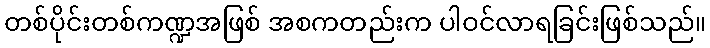
တစ်ပိုင်းတစ်ကဏ္ဍအဖြစ် အစကတည်းက ပါဝင်လာရခြင်းဖြစ်သည်။